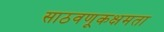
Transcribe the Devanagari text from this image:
साठवणूकक्षमता